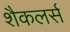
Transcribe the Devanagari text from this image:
शैकलर्स